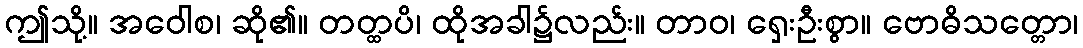
ဤသို့။ အဝေါစ၊ ဆို၏။ တတ္ထပိ၊ ထိုအခါ၌လည်း။ တာဝ၊ ရှေးဦးစွာ။ ဗောဓိသတ္တော၊